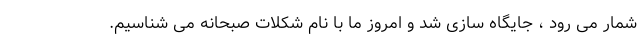
شمار می رود ، جایگاه سازی شد و امروز ما با نام شکلات صبحانه می شناسیم.